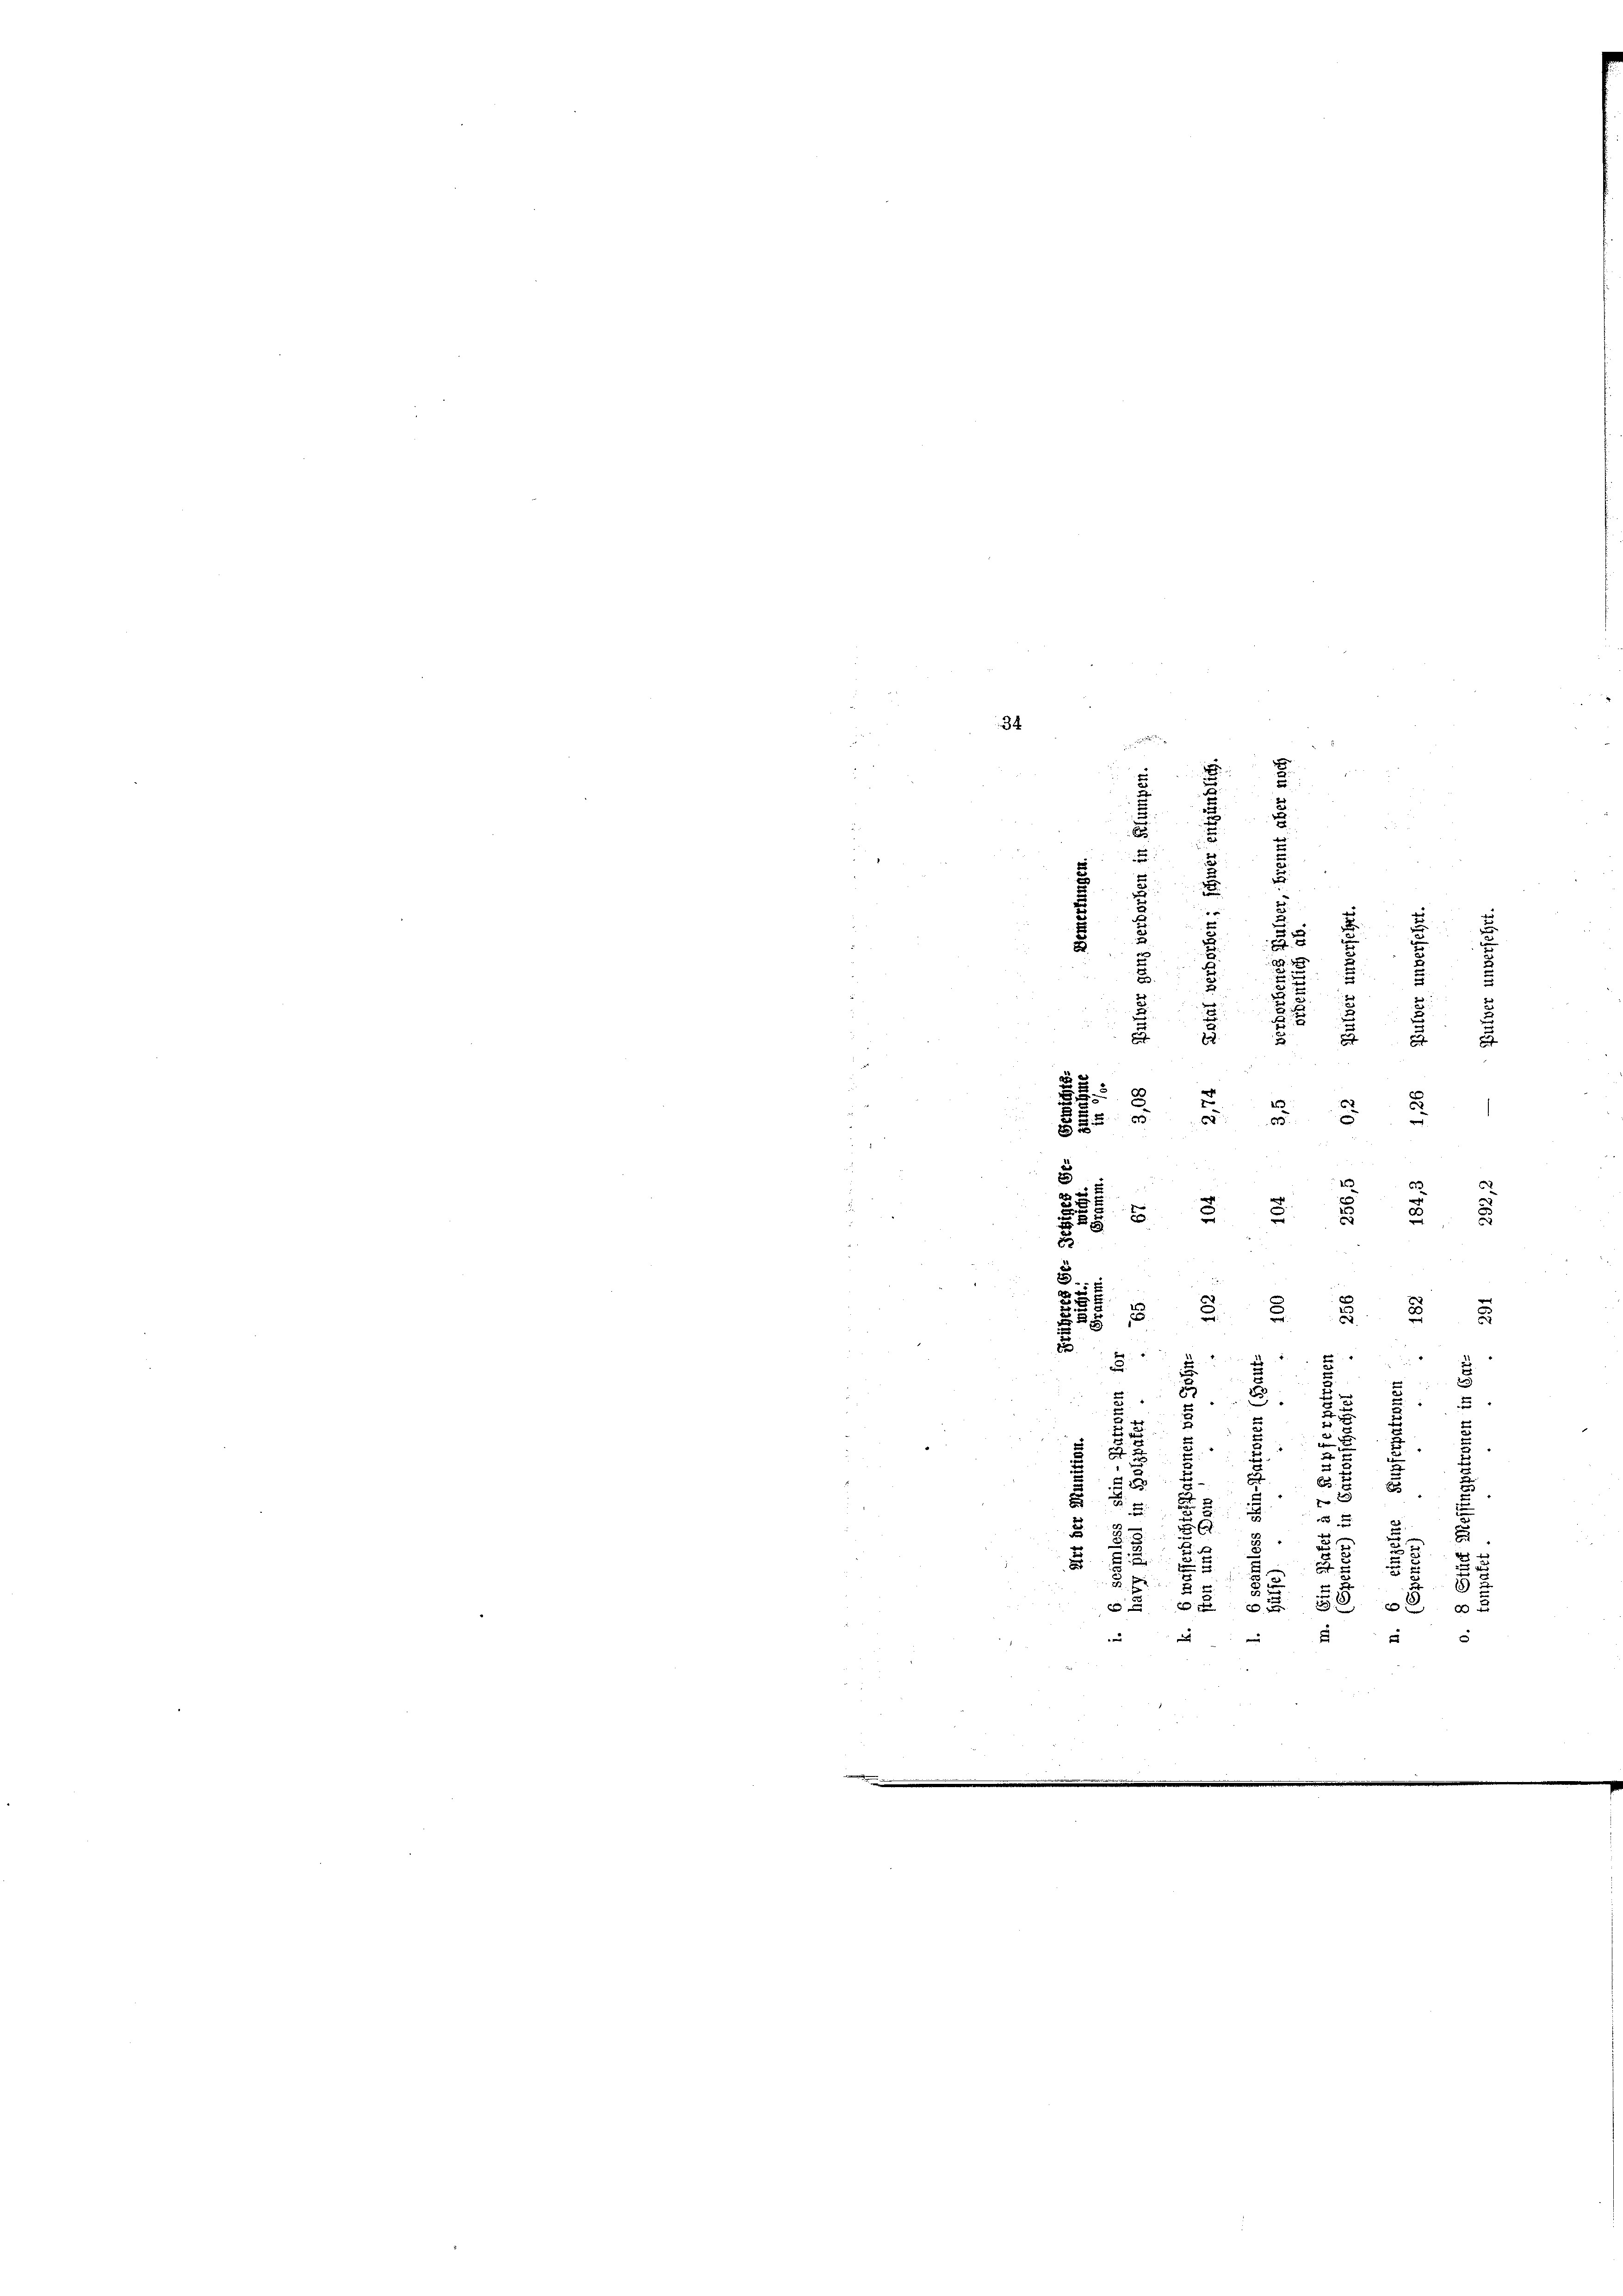
34

e
i
2
e
2
5

8
5

2
x
2
5.
3

5

.
2
ki zu ver
.
2

d
i
u
e
2
“
.
2
¬
e
d
2
6 x
6
“
u
5
.
3
x

u
5
3
u
2

.

55
e
2
f
5
2
d
Er
 580
e

8

e
2
u

e